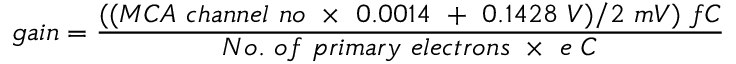
g a i n = \frac { ( ( M C A ~ c h a n n e l ~ n o ~ \times ~ 0 . 0 0 1 4 ~ + ~ 0 . 1 4 2 8 ~ V ) / 2 ~ m V ) ~ f C } { N o . ~ o f ~ p r i m a r y ~ e l e c t r o n s ~ \times ~ e ~ C }